Indian journal of veterinary science and animal husbandry - Volume 8,
Year: 1938
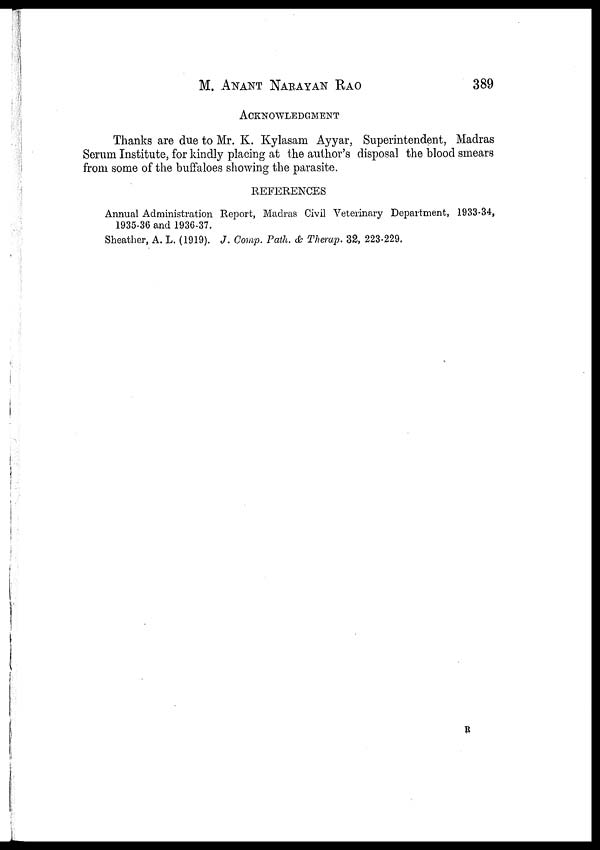
M. ANANT NARAYAN RAO 389
ACKNOWLEDGMENT
Thanks are due to Mr. K. Kylasam Ayyar, Superintendent, Madras
Serum Institute, for kindly placing at the author's disposal the blood smears
from some of the buffaloes showing the parasite.
REFERENCES
Annual Administration Report, Madras Civil Veterinary Department, 1933-34,
1935-36 and 1936-37.
Sheather, A. L. (1919). J. Comp. Path. & Therap. 32, 223-229.
R